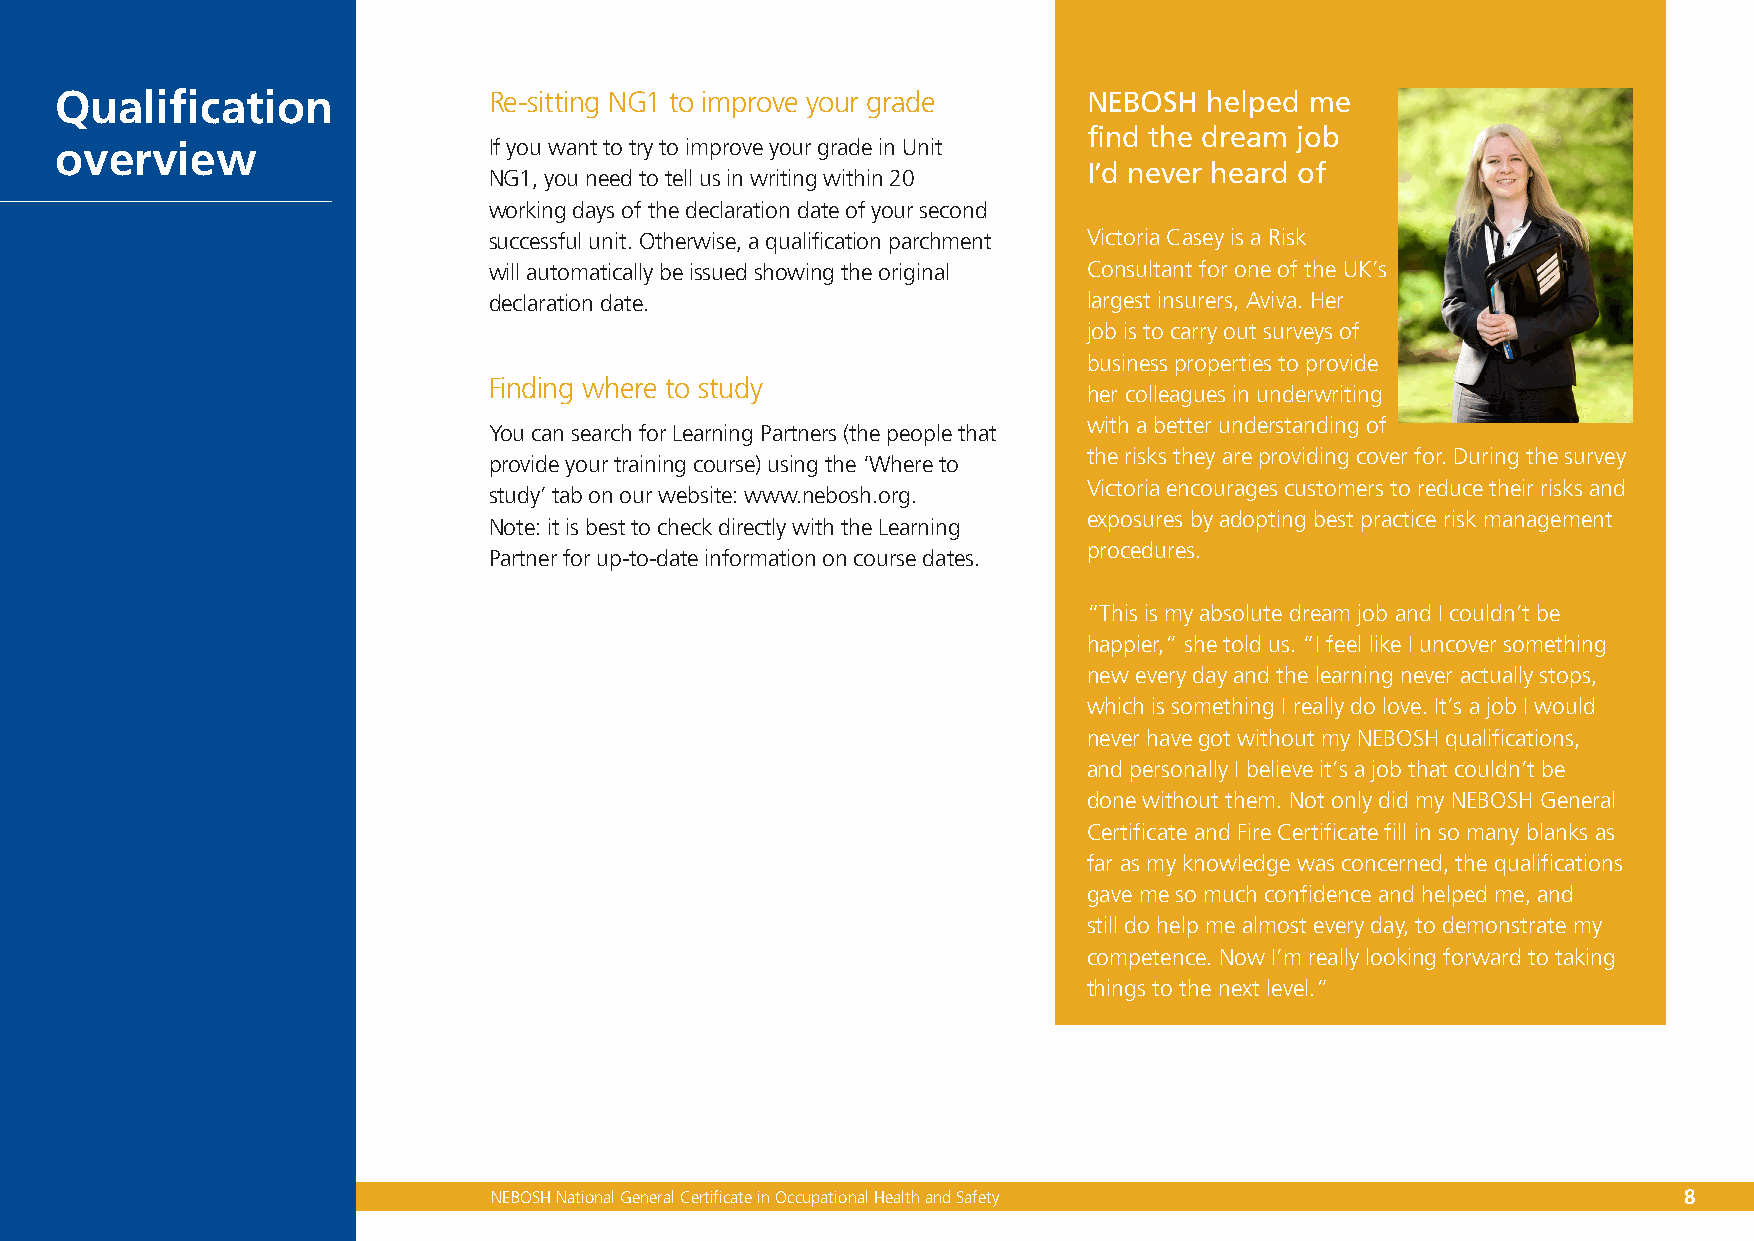
Qualification               Re-sitting NG1 to improve your grade    NEBOSH  helped me
 find the dream job
 overview                    If you want to try to improve your grade in Unit
 I’d never heard of
 NG1, you need to tell us in writing within 20
 working days of the declaration date of your second
 successful unit. Otherwise, a qualification parchment Victoria Casey is a Risk
 will automatically be issued showing the original Consultant for one of the UK’s
 declaration date.                       largest insurers, Aviva. Her
 job is to carry out surveys of
 business properties to provide
 Finding where to study
 her colleagues in underwriting
 with a better understanding of
 You can search for Learning Partners (the people that
 the risks they are providing cover for. During the survey
 provide your training course) using the ‘Where to
 Victoria encourages customers to reduce their risks and
 study’ tab on our website: www.nebosh.org.
 exposures by adopting best practice risk management
 Note: it is best to check directly with the Learning
 procedures.
 Partner for up-to-date information on course dates.
 “This is my absolute dream job and I couldn’t be
 happier,” she told us. “I feel like I uncover something
 new every day and the learning never actually stops,
 which is something I really do love. It’s a job I would
 never have got without my NEBOSH qualifications,
 and personally I believe it’s a job that couldn’t be
 done without them. Not only did my NEBOSH General
 Certificate and Fire Certificate fill in so many blanks as
 far as my knowledge was concerned, the qualifications
 gave me so much confidence and helped me, and
 still do help me almost every day, to demonstrate my
 competence. Now I’m really looking forward to taking
 things to the next level.”
 NEBOSH National General Certificate in Occupational Health and Safety          8